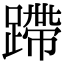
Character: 蹛